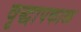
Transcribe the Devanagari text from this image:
वृद्धापकाळ